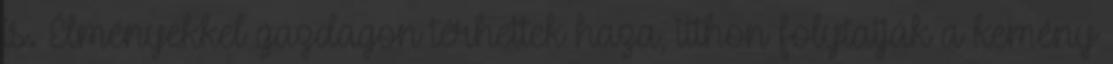
is. Élményekkel gazdagon térhettek haza, itthon folytatják a kemény